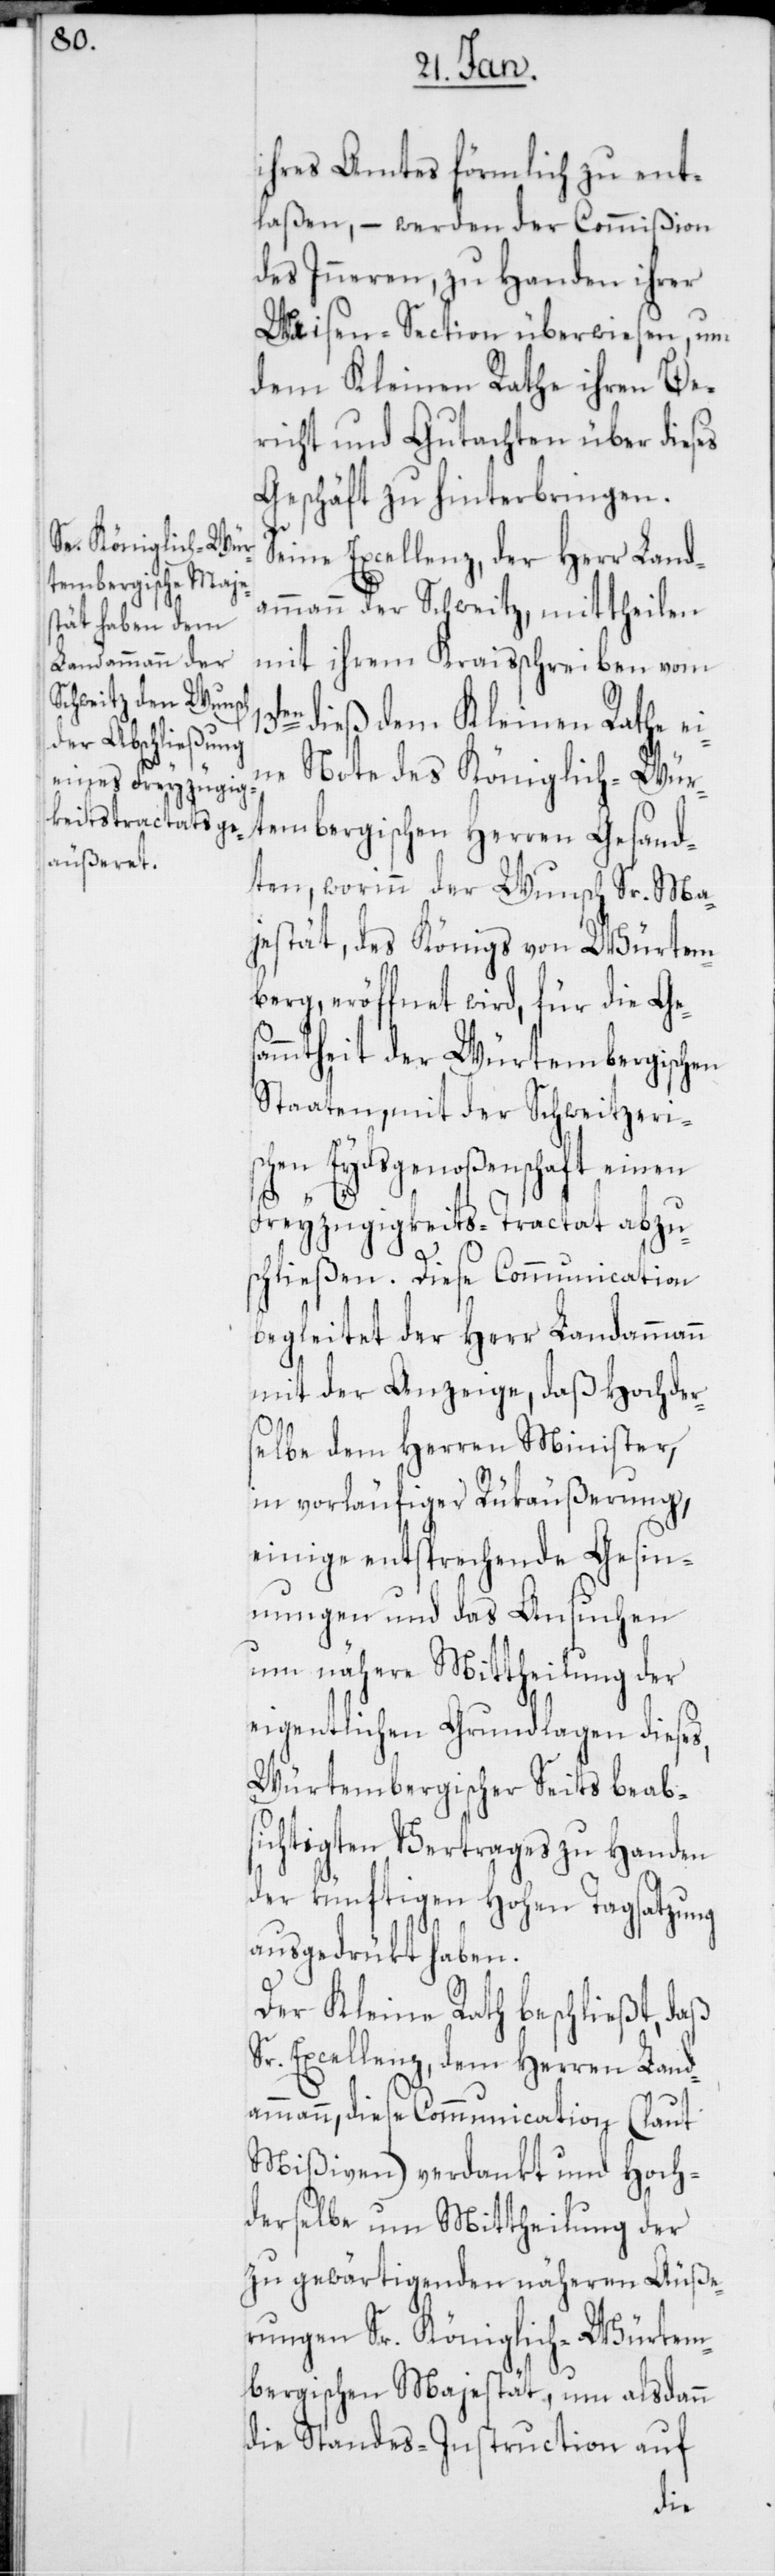
ihres Amtes förmlich zu ent¬
laßen, – werden der Commißion
des Inneren, zu Handen ihrer
Waisen-Section überwiesen, um
dem Kleinen Rathe ihren Be¬
richt und Gutachten über dieses
Geschäft zu hinterbringen.
Seine Excellenz, der Herr Landa¬
mmann der Schweitz, mittheilen
mit ihrem Kraisschreiben vom
dieß, dem Kleinen Rathe ei¬
ne Note des Königlich-Wür¬
tembergischen Herren Gesand¬
ten, worinn der Wunsch Sr. Ma¬
jestät, des Königs von Würtem¬
berg, eröffnet wird, für die Ges¬
ammtheit der Würtembergischen
Staaten, mit der schweizeris¬
chen Eydsgenoßenschaft einen
Freyzügigkeits-Tractat abzus¬
chließen. Diese Communication
begleitet der Herr Landammann
mit der Anzeige, daß hochder¬
selbe dem Herren Minister,
in vorläufiger Rükäußerung,
einige entsprechende Gesin¬
nungen und das Ansuchen
um nähere Mittheilung der
eigentlichen Grundlagen dieses,
Würtembergischer Seits beab¬
sichtigten Vertrages zu Handen
der künftigen hohen Tagsatzung
ausgedrükt haben.
Der Kleine Rath beschließt, daß
Sr. Excellenz, dem Herren Land¬
ammann, diese Communication (laut
Mißiven) verdankt und hoch¬
derselbe um Mittheilung der
zu gewärtigenden näheren Äuße¬
rungen Sr. königlich-Würtem¬
bergischen Majestät, um alsdann
die Standes-Instruction auf